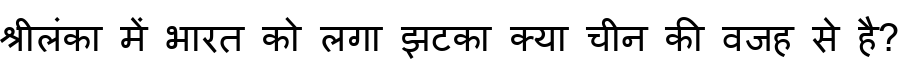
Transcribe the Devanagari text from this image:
श्रीलंका में भारत को लगा झटका क्या चीन की वजह से है?